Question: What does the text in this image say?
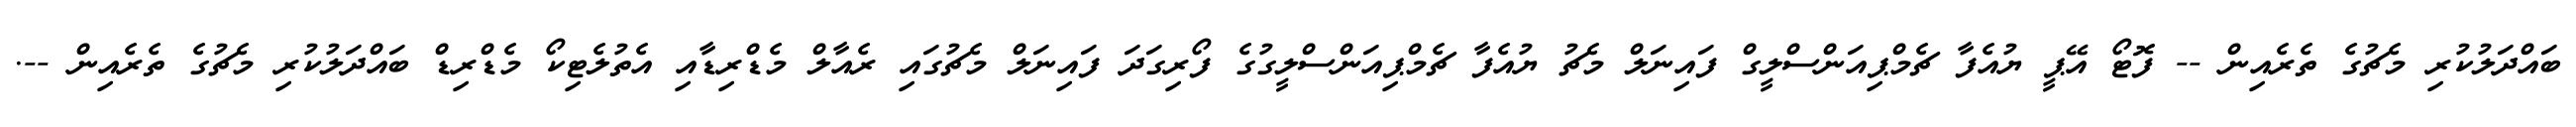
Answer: ބައްދަލުކުރި މެޗުގެ ތެރެއިން -- ފޮޓޯ އޭޕީ ޔުއެފާ ޗެމްޕިއަންސްލީގް ފައިނަލް މެޗު ޔުއެފާ ޗެމްޕިއަންސްލީގުގެ ފޯރިގަދަ ފައިނަލް މެޗުގައި ރެއާލް މެޑްރިޑާއި އެތުލެޓިކޯ މެޑްރިޑް ބައްދަލުކުރި މެޗުގެ ތެރެއިން --.